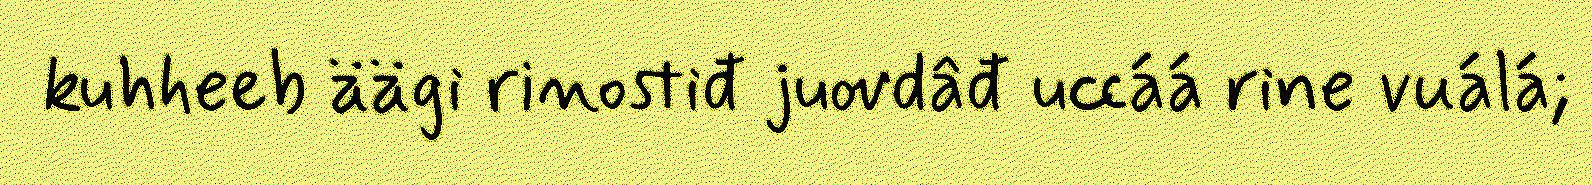
kuhheeb äägi rinostiđ juovdâđ uccáá rine vuálá;